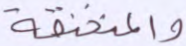
والمنخنقة